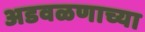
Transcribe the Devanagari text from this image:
अडवळणाच्या